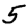
Digit: 5